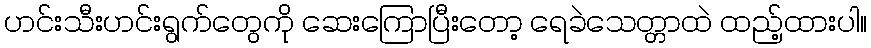
ဟင်းသီးဟင်းရွက်တွေကို ဆေးကြောပြီးတော့ ရေခဲသေတ္တာထဲ ထည့်ထားပါ။